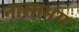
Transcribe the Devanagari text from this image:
नासाभंग